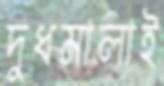
দুধমালাই